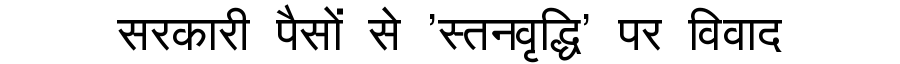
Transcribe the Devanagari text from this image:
सरकारी पैसों से 'स्तनवृद्धि' पर विवाद